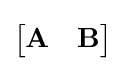
{\begin{bmatrix}\mathbf {A} &\mathbf {B} \end{bmatrix}}